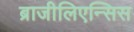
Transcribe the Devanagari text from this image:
ब्राजीलिएन्सिस